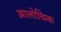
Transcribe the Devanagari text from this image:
आलोचिक